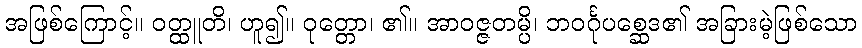
အဖြစ်ကြောင့်။ ဝတ္ထူတိ၊ ဟူ၍။ ဝုတ္တော၊ ၏။ အာဝဇ္ဇတမ္ပိ၊ ဘဝင်္ဂုပစ္ဆေဒ၏ အခြားမဲ့ဖြစ်သော